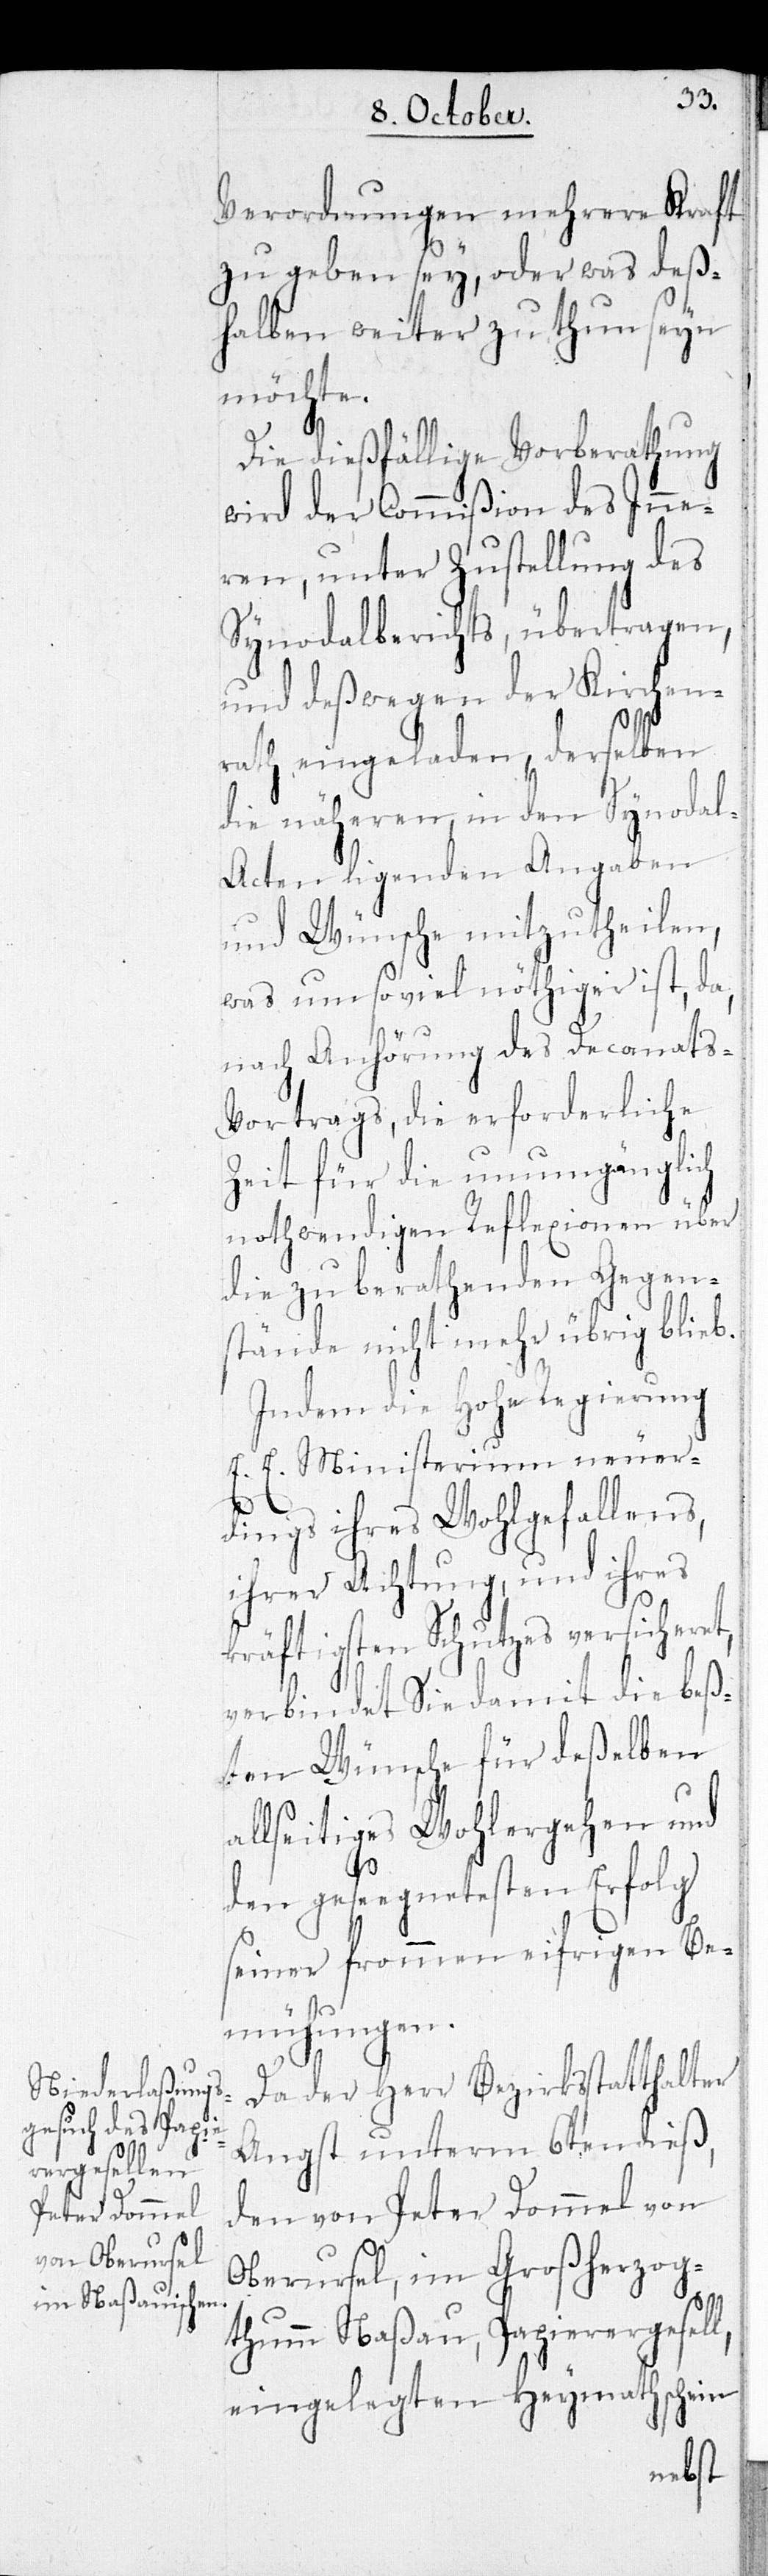
Verordnungen mehrere Kraft
zu geben sey, oder was des¬
halben weiter zu thun seyn
möchte.
Die dießfällige Vorberathung
wird der Commißion des Inne¬
ren, unter Zustellung des
Synodalberichts, übertragen,
und deßwegen der Kirchen¬
rath eingeladen, derselben
die näheren, in den Synodal¬
acten ligenden Angaben
und Wünsche mitzutheilen,
was um so viel nöthiger ist, da,
nach Anhörung des Decanats-V¬
ortrags, die erforderliche
Zeit für die unumgänglich
nothwendigen Reflexionen über
die zu berathenden Gegen¬
stände nicht mehr übrig blieb.
Indem die Hohe Regierung
E. E. Ministerium neuer¬
dings ihres Wohlgefallens,
ihrer Achtung, und ihres
kräftigsten Schutzes versicher¬
verbindet Sie damit die bes¬
ten Wünsche für deßelben
allseitiges Wohlergehen und
den geseegneten Erfolg
seiner frommen eifrigen Be¬
mühungen.
Da der Herr Bezirksstatthalter
Angst unterm 6ten dieß,
den von Peter Dommel von
Oberursel, im Großherzog¬
thum Naßau, Papierergesell,
eingelegten Heymathschein
et,